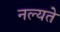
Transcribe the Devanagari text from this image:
नल्यते